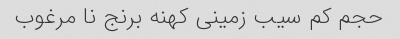
حجم کم سیب زمینی کهنه برنج نا مرغوب